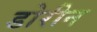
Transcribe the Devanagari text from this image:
डोरीन